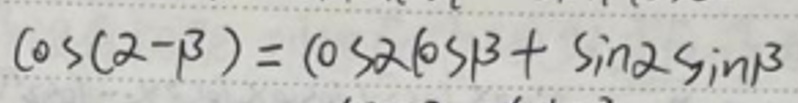
\(\cos(\alpha - \beta)=\cos\alpha\cos\beta+\sin\alpha\sin\beta\)